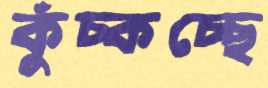
কুঁচ্‌কচ্ছে